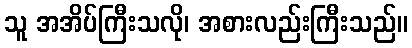
သူ အအိပ်ကြီးသလို၊ အစားလည်းကြီးသည်။